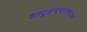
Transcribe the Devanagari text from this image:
शतद्रुश्चन्द्रभागामरूदवृधा